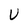
Character: U